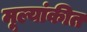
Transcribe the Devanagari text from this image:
मूल्यांकीत